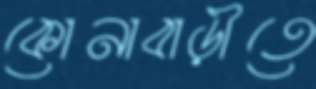
কোনাবাড়ীতে